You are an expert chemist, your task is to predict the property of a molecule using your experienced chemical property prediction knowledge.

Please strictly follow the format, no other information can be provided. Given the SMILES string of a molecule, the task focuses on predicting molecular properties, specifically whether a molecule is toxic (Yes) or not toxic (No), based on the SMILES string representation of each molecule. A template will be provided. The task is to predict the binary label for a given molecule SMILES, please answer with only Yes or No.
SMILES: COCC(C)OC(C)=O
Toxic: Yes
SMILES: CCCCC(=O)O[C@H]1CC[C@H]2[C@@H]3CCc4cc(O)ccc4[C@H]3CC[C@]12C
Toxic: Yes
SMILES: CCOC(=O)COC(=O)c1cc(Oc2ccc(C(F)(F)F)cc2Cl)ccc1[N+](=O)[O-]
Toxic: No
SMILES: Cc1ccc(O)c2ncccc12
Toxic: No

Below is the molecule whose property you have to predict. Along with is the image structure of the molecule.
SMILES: Cc1ccc([N+](=O)[O-])cc1[N+](=O)[O-]
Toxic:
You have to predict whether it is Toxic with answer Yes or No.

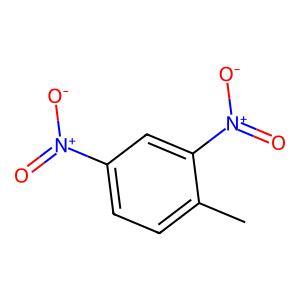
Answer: No